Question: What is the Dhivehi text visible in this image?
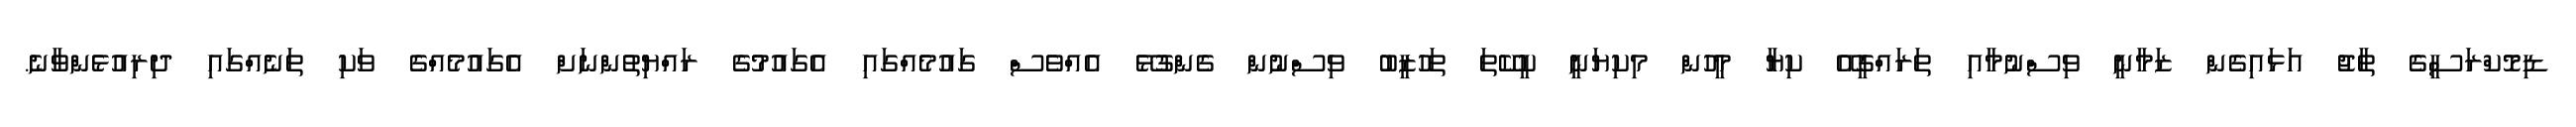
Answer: ޑިމޮކްރަސީގެ ތާޖު އަޅައިގެން ޒަމާނީ ވިސްނުމާއި ތަރައްގީއޭ ކިޔާ މީހުން މިކިޔަނީ ކީކޭތަ ތަހުޒީބު ވިސްނުން ގެންގުޅޭ އެއްވެސް ގައުމެއްގައި އެގައުމުގެ ރައްޔިތުންނަށް އެގައުމެއްގެ ވަކި ތަނެއްގައި ދިރިއުޅެންވާނެ.